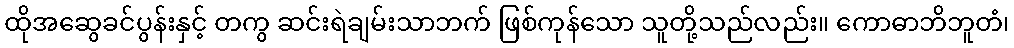
ထိုအဆွေခင်ပွန်းနှင့် တကွ ဆင်းရဲချမ်းသာဘက် ဖြစ်ကုန်သော သူတို့သည်လည်း။ ကောဓာဘိဘူတံ၊